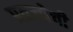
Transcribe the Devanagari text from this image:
प्रव्रज्येची